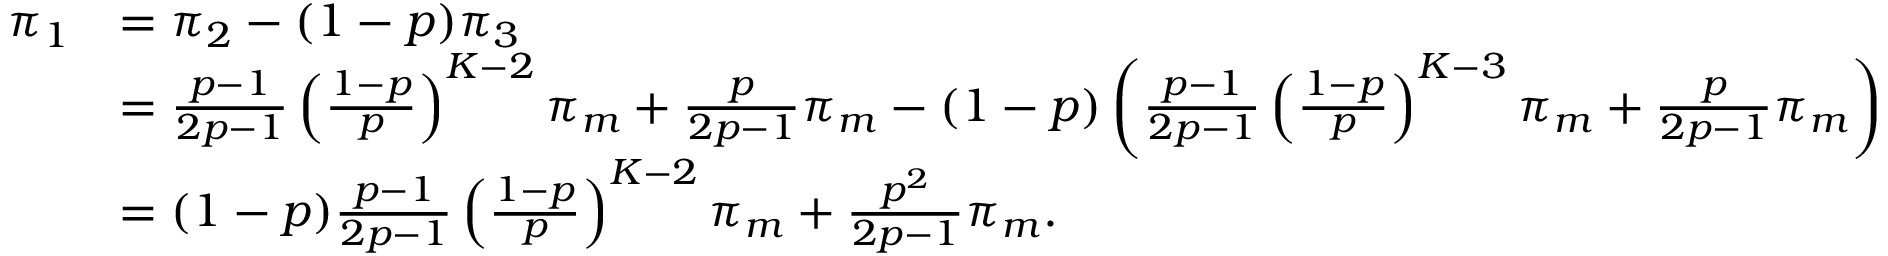
\begin{array} { r l } { \pi _ { 1 } } & { = \pi _ { 2 } - ( 1 - p ) \pi _ { 3 } } \\ & { = \frac { p - 1 } { 2 p - 1 } \left( \frac { 1 - p } { p } \right) ^ { K - 2 } \pi _ { m } + \frac { p } { 2 p - 1 } \pi _ { m } - ( 1 - p ) \left( \frac { p - 1 } { 2 p - 1 } \left( \frac { 1 - p } { p } \right) ^ { K - 3 } \pi _ { m } + \frac { p } { 2 p - 1 } \pi _ { m } \right) } \\ & { = ( 1 - p ) \frac { p - 1 } { 2 p - 1 } \left( \frac { 1 - p } { p } \right) ^ { K - 2 } \pi _ { m } + \frac { p ^ { 2 } } { 2 p - 1 } \pi _ { m } . } \end{array}